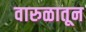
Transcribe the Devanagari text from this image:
वारुळातून